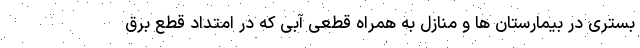
بستری در بیمارستان ها و منازل به همراه قطعی آبی که در امتداد قطع برق